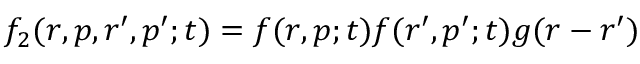
f _ { 2 } ( \boldsymbol { r } , \boldsymbol { p } , \boldsymbol { r } ^ { \prime } , \boldsymbol { p } ^ { \prime } ; t ) = f ( \boldsymbol { r } , \boldsymbol { p } ; t ) f ( \boldsymbol { r } ^ { \prime } , \boldsymbol { p } ^ { \prime } ; t ) g ( \boldsymbol { r } - \boldsymbol { r } ^ { \prime } )